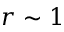
r \sim 1